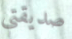
صديقتي